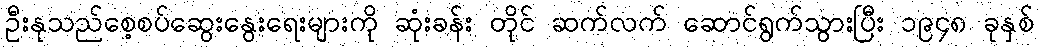
ဦးနုသည်စေ့စပ်ဆွေးနွေးရေးများကို ဆုံးခန်း တိုင် ဆက်လက် ဆောင်ရွက်သွားပြီး ၁၉၄၈ ခုနှစ်